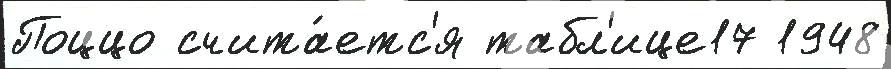
Поццо счита́етс'я табл'ице17 1948